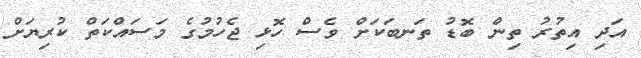
އަދި އިތުރު ތިން ބޮޑު ތަނބަކަށް ވެސް ހޮޅި ޖެހުމުގެ މަސައްކަތް ކުރިޔަށް